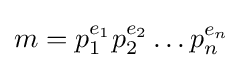
m=p_{1}^{e_{1}}p_{2}^{e_{2}}\dots p_{n}^{e_{n}}